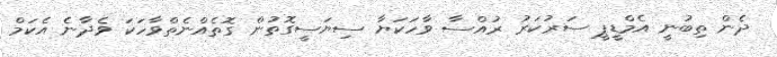
ދެން ތިބުނީ އެމްޑީޕީ ސަރުކަރު ރުއްސާ ވާހަކަޔާ ސިޔަސީގޮތުން ގޮތެއްނެތްވާހަކަ ވެދާނެ އެކަމް